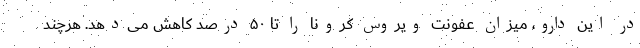
در این دارو، میزان عفونت ویروس کرونا را تا ۵۰ درصد کاهش می‌دهد. هرچند